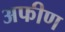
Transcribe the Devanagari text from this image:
अफीण